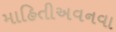
માહિતીઅવનવા